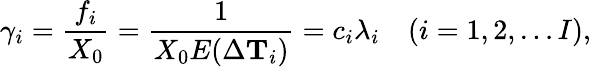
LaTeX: \gamma_{i}=\frac{f_{i}}{X_{0}}=\frac{1}{X_{0}E(\Delta\mathbf{T}_{i})}=c_{i}\lambda_{i}\quad(i=1,2,\dots I),